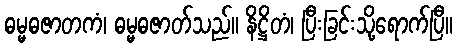
ဓမ္မဓဇာတကံ၊ ဓမ္မဓဇာတ်သည်။ နိဋ္ဌိတံ၊ ပြီးခြင်းသို့ရောက်ပြီ။